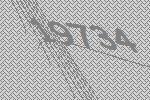
19734